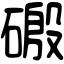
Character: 磤